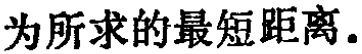
为所求的最短距离.